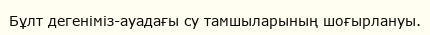
Бұлт дегеніміз-ауадағы су тамшыларының шоғырлануы.